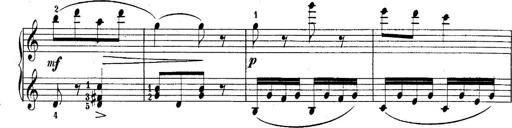
Title: 10 Sonatines progressives
Composer: Anton Schmoll